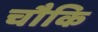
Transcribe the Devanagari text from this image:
चौकि